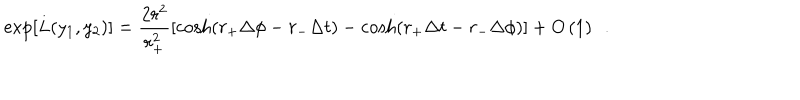
LaTeX: \exp \left[ L ( y _ { 1 } , y _ { 2 } ) \right] = \frac { 2 r ^ { 2 } } { r _ { + } ^ { 2 } } \left[ \cosh ( r _ { + } \Delta \phi - r _ { - } \Delta t ) - \cosh ( r _ { + } \Delta t - r _ { - } \Delta \phi ) \right] + O \left( 1 \right) \ \ .